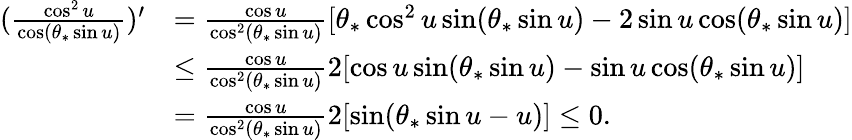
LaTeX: \begin{array}{rl}{(\frac{\cos^{2}u}{\cos(\theta_{*}\sin u)})^{\prime}}&{=\frac{\cos u}{\cos^{2}(\theta_{*}\sin u)}[\theta_{*}\cos^{2}u\sin(\theta_{*}\sin u)-2\sin u\cos(\theta_{*}\sin u)]}\\ &{\le\frac{\cos u}{\cos^{2}(\theta_{*}\sin u)}2[\cos u\sin(\theta_{*}\sin u)-\sin u\cos(\theta_{*}\sin u)]}\\ &{=\frac{\cos u}{\cos^{2}(\theta_{*}\sin u)}2[\sin(\theta_{*}\sin u-u)]\le 0.}\end{array}